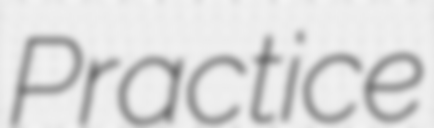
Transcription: Practice